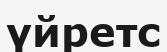
үйретс